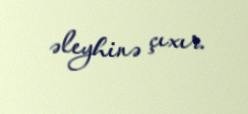
əleyhinə çıxır.